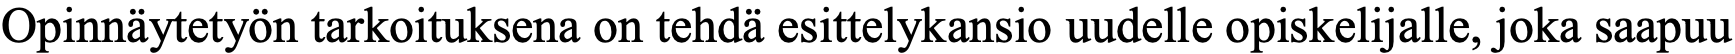
Opinnäytetyön tarkoituksena on tehdä esittelykansio uudelle opiskelijalle, joka saapuu